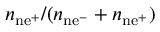
n _ { \mathrm { n { e ^ { + } } } } / ( n _ { \mathrm { n { e ^ { - } } } } + n _ { \mathrm { n { e ^ { + } } } } )